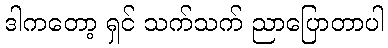
ဒါကတော့ ရှင် သက်သက် ညာပြောတာပါ